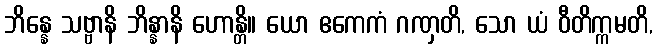
ဘိန္နေ သဗ္ဗာနိ ဘိန္နာနိ ဟောန္တိ။ ယော ဧကေကံ ဂဏှတိ, သော ယံ ဝီတိက္ကမတိ,